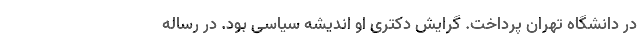
در دانشگاه تهران پرداخت. گرایش دکتری او اندیشه سیاسی بود. در رساله